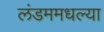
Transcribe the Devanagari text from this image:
लंडममधल्या